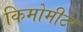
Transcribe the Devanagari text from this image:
किमोमीटर